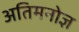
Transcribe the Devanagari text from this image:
अतिमनोज्ञ